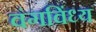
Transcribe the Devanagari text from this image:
वंगविंध्य